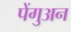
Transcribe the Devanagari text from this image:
पेंगुअन